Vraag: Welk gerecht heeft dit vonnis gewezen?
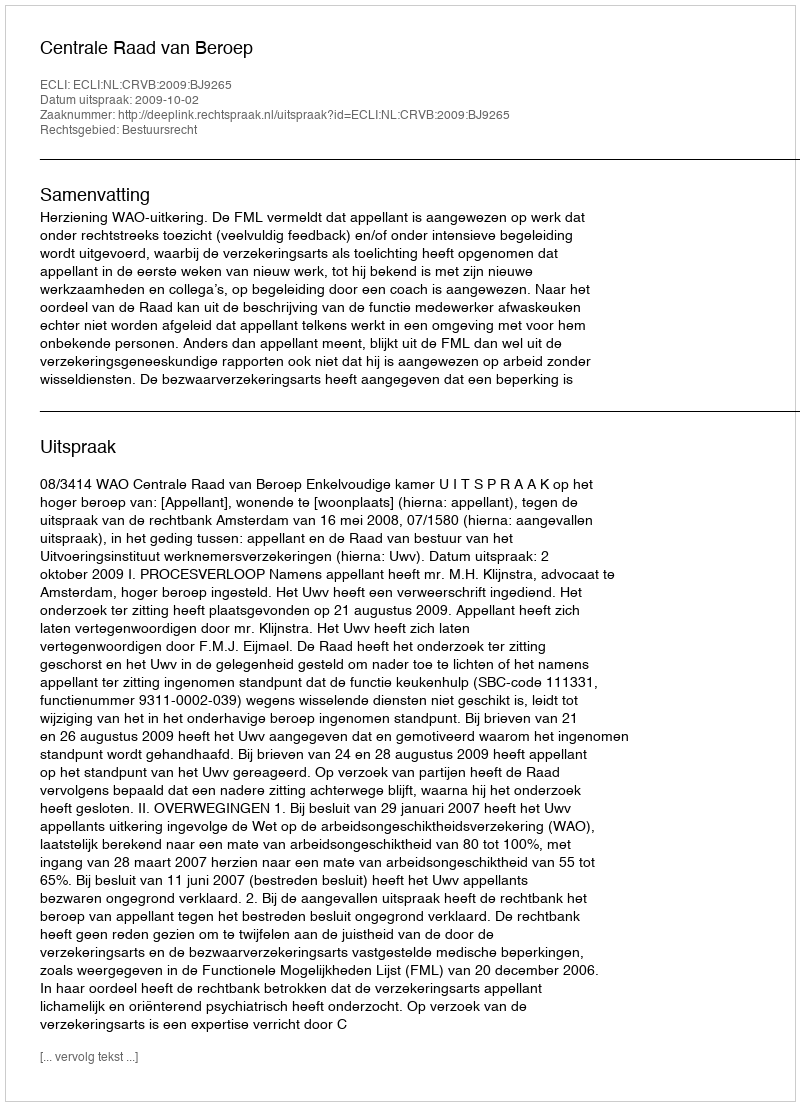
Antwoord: Centrale Raad van Beroep